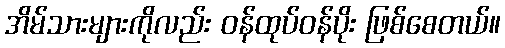
အိမ်သားများကိုလည်း ဝန်ထုပ်ဝန်ပိုး ဖြစ်စေတယ်။